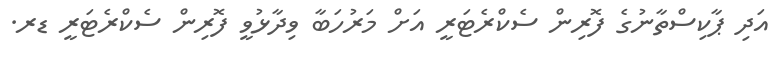
އަދި ޕާކިސްތާނުގެ ފޮރިން ސެކްރެޓަރީ އަށް މަރުހަބާ ވިދާޅުވީ ފޮރިން ސެކްރެޓަރީ ޑރ.